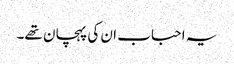
یہ احباب ان کی پہچان تھے۔